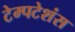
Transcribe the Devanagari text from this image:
टेम्पटेशंस